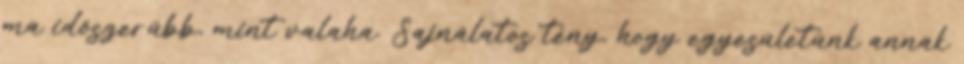
ma időszerűbb, mint valaha. Sajnálatos tény, hogy egyesületünk annak